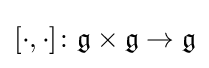
[\cdot ,\cdot ]\colon {\mathfrak {g}}\times {\mathfrak {g}}\to {\mathfrak {g}}